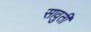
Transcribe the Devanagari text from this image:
सावुती